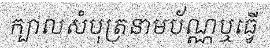
ក្បាលសំបុត្រនាមប័ណ្ណឬធ្វើ